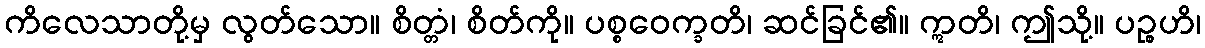
ကိလေသာတို့မှ လွတ်သော။ စိတ္တံ၊ စိတ်ကို။ ပစ္စဝေက္ခတိ၊ ဆင်ခြင်၏။ ဣတိ၊ ဤသို့။ ပဉ္စဟိ၊